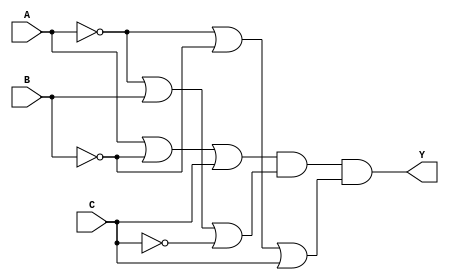
module pos_simplification (
    input wire A,     // Input variable A
    input wire B,     // Input variable B
    input wire C,     // Input variable C
    output wire Y     // Output of the POS function
);

// Define the sum terms based on the simplification.
// For example, let's say we identified the following sum terms:
// (A + B' + C)   -> where A is true, B is false, C is true
// (A' + B + C')  -> where A is false, B is true, C is false
// (A' + B' + C)  -> where A is false, B is false, C is true

wire sum_term1; // A + B' + C
wire sum_term2; // A' + B + C'
wire sum_term3; // A' + B' + C

// Implement the sum terms using OR gates
assign sum_term1 = A | (~B) | C;   // A + B' + C
assign sum_term2 = (~A) | B | (~C); // A' + B + C'
assign sum_term3 = (~A) | (~B) | C; // A' + B' + C

// Combine the sum terms using an AND gate to form the final POS expression
assign Y = sum_term1 & sum_term2 & sum_term3; // (A + B' + C) * (A' + B + C') * (A' + B' + C)

endmodule